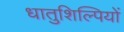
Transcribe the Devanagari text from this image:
धातुशिल्पियों